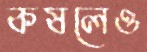
কষলেও